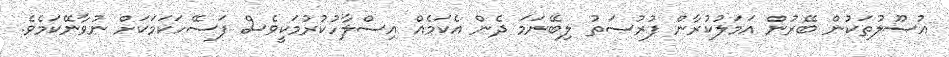
އުސޫލުތަކުން ބޭރުން އަމަލުކުރާން ފުރުސަތު ލިބޭނަމަ ދެން އެކަމެއް އިސްލާހުކުރުމަކީވެސް ފަސޭހަކަމަކަށް ނުވާނޭކަމެވެ.